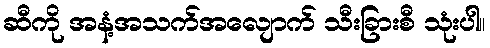
ဆီကို အနံ့အသက်အလျောက် သီးခြားစီ သုံးပါ။